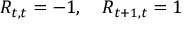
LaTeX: R _ { t , t } = - 1 , \quad R _ { t + 1 , t } = 1